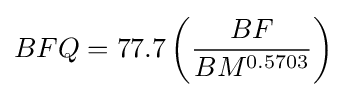
BFQ=77.7\left({\frac {BF}{BM^{0.5703}}}\right)